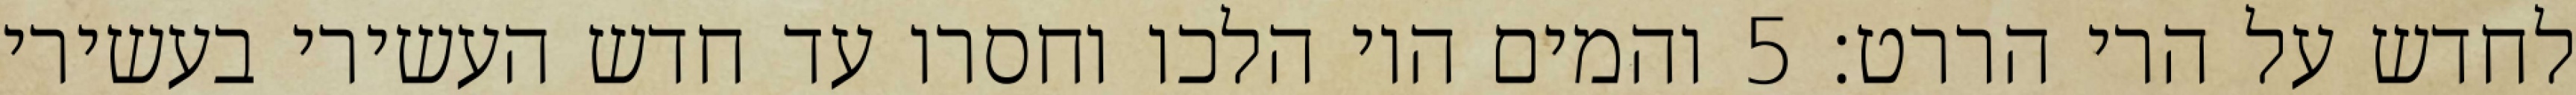
לחדש על הרי הררט׃ ‎5‏ והמים היו הלכו וחסרו עד חדש העשירי בעשירי